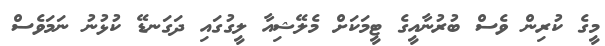
މީގެ ކުރިން ވެސް ބުރުނާއީގެ ޓީމަކަށް މެލޭޝިއާ ލީގުގައި ދަގަނޑޭ ކުޅުނު ނަމަވެސް